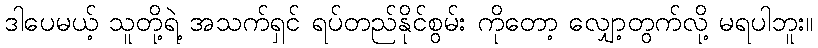
ဒါပေမယ့် သူတို့ရဲ့ အသက်ရှင် ရပ်တည်နိုင်စွမ်း ကိုတော့ လျှော့တွက်လို့ မရပါဘူး။